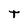
Character: t